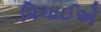
પિચાઈએ